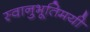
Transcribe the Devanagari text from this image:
स्वानुभूतिमयी